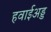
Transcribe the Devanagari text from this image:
हवाईअड्ड